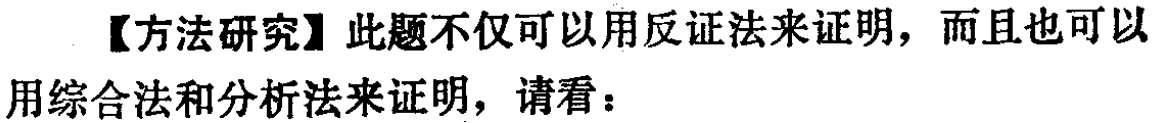
【方法研究】此题不仅可以用反证法来证明，而且也可以用综合法和分析法来证明，请看：